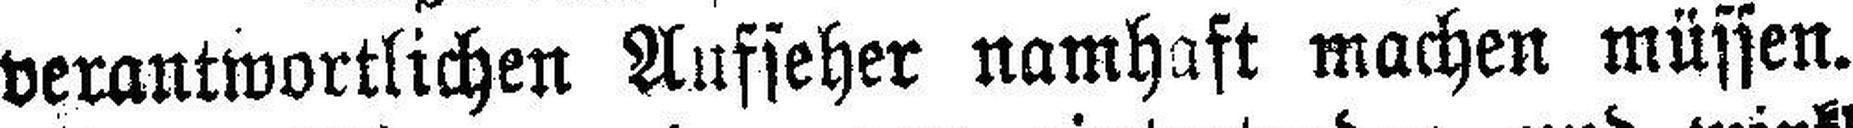
verantwortlichen Aufseher namhaft machen müssen.